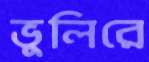
ভুলিরে